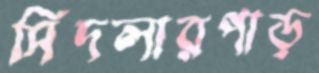
সিদলারপাড়